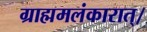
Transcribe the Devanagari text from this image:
ग्राह्ममलंकारात्।